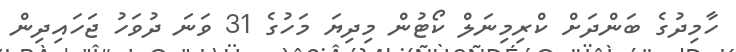
ހާމިދުގެ ބަންދަށް ކްރިމިނަލް ކޯޓުން މިދިޔަ މަހުގެ 31 ވަނަ ދުވަހު ޖަހައިދިން